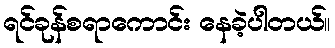
ရင်ခုန်စရာကောင်း နေခဲ့ပါတယ်။